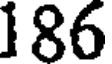
186